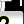
Digit: 2